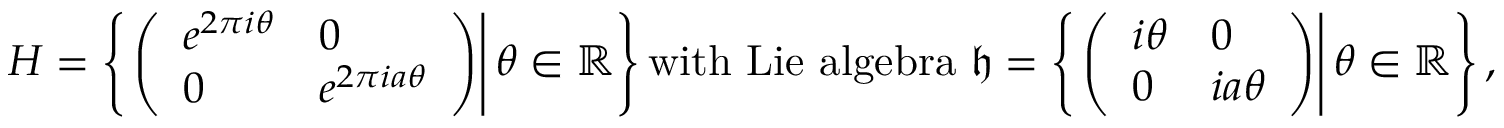
H = \left\{ \left. \left( { \begin{array} { l l } { e ^ { 2 \pi i \theta } } & { 0 } \\ { 0 } & { e ^ { 2 \pi i a \theta } } \end{array} } \right) \right| \theta \in \mathbb { R } \right\} { \mathrm { w i t h ~ L i e ~ a l g e b r a ~ } } { \mathfrak { h } } = \left\{ \left. \left( { \begin{array} { l l } { i \theta } & { 0 } \\ { 0 } & { i a \theta } \end{array} } \right) \right| \theta \in \mathbb { R } \right\} ,